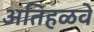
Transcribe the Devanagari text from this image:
अतिहळवे